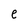
Character: e